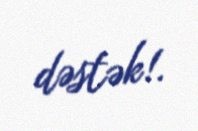
dəstək!.